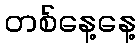
တစ်နေ့နေ့